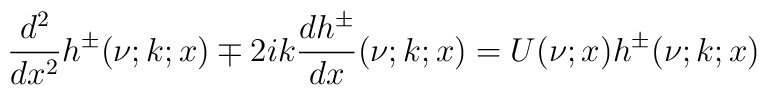
\frac{d^2}{dx^2}h^{\pm}(\nu;k;x)\mp 2ik\frac{dh^\pm}{dx}(\nu;k;x)=U(\nu;x)h^\pm(\nu;k;x)